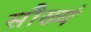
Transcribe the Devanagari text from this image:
सौख्यं